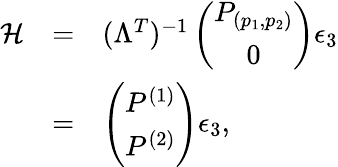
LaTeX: \begin{array}{rcl}{{{\cal H}}}&{{=}}&{{(\Lambda^{T})^{-1}\left(\begin{array}{c}{{P_{(p_{1},p_{2})}}}\\ {{0}}\end{array}\right)\epsilon_{3}}}\\ {{}}&{{=}}&{{\left(\begin{array}{c}{{P^{(1)}}}\\ {{P^{(2)}}}\end{array}\right)\epsilon_{3},}}\end{array}